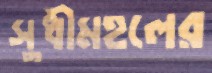
সুধীমহলের